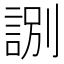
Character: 𧧸